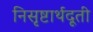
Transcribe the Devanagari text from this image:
निसृष्टार्थदूती